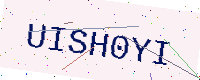
Text: UISH0YI